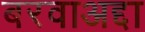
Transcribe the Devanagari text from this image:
बरवाअद्दा